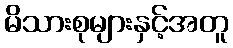
မိသားစုများနှင့်အတူ